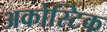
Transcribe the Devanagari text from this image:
अकोस्टिक